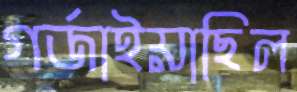
গর্জাইয়াছিল